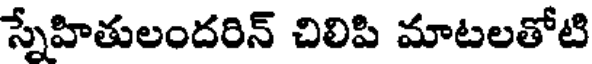
స్నేహితులందరిన్ చిలిపి మాటలతోటి